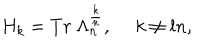
LaTeX: H _ { k } = T r { ~ } \Lambda _ { n } ^ { \frac { k } { n } } , { ~ } { ~ } k \neq l n ,